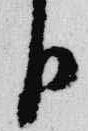
臣